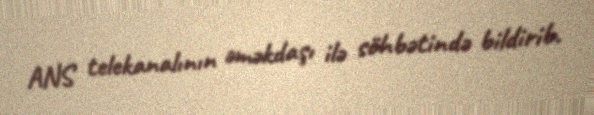
ANS telekanalının əməkdaşı ilə söhbətində bildirib.